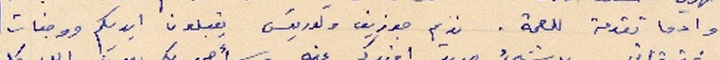
وادما تقدمة للصحة. نديم جوزيف ولوريسَ يقبلون ايديكم ووجنات